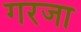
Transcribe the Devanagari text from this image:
गरजा